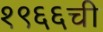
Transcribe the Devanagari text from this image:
१९६६ची